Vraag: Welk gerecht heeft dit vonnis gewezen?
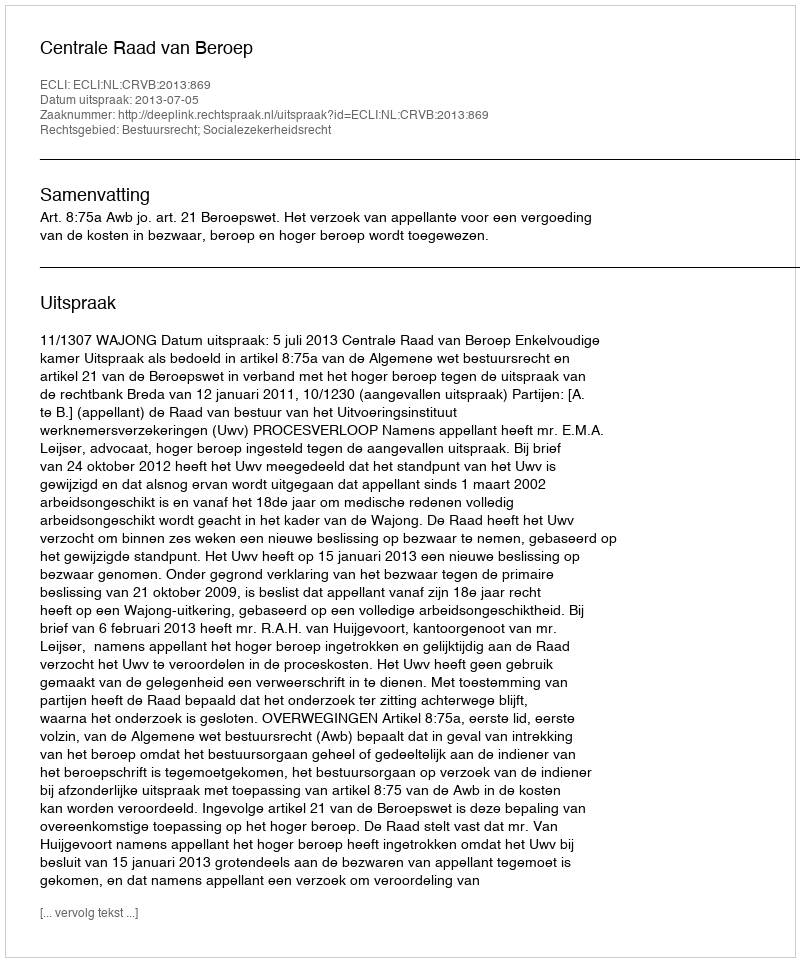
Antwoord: Centrale Raad van Beroep